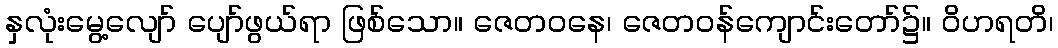
နှလုံးမွေ့လျော် ပျော်ဖွယ်ရာ ဖြစ်သော။ ဇေတဝနေ၊ ဇေတဝန်ကျောင်းတော်၌။ ဝိဟရတိ၊